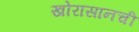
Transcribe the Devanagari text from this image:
खोरासानची